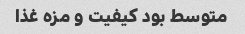
متوسط بود کیفیت و مزه غذا